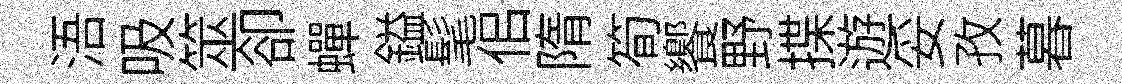
浯吸筮卻蟬鎰髦佀隋筍饗野揲遊妥孜暮